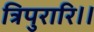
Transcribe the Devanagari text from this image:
त्रिपुरारि।।